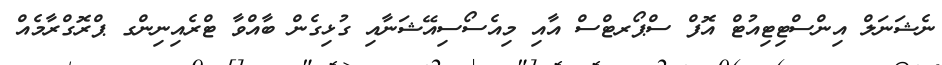
ނެޝަނަލް އިންސްޓިޓިއުޓް އޮފް ސްޕޯރޓްސް އާއި މިއެސޯސިއޭޝަނާއި ގުޅިގެން ބާއްވާ ޓްރެއިނިންގ ޕްރޮގްރާމެއް